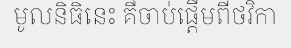
មូលនិធិនេះ គឺចាប់ផ្តើមពីថវិកា